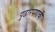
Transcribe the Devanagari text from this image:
पुढारपणाची